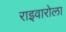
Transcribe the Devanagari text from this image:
राइवारोला